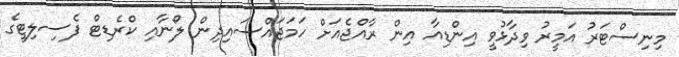
މިނިސްޓަރު އަމީރު ވިދާޅުވީ އިންޑިއާ އިން ރާއްޖެއަށް ހަމަޖައްސައިދިން ލޯނާއި ކްރެޑިޓް ފެސިލިޓީގެ